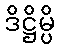
ဒိဋ္ဌိမ္ပိ